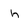
Character: h